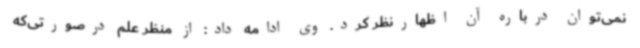
نمی‌توان درباره آن اظهارنظر کرد. وی ادامه داد: از منظر علم درصورتی‌که